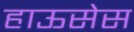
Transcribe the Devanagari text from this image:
हाऊसेस